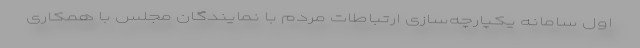
اول سامانه یکپارچه‌سازی ارتباطات مردم با نمایندگان مجلس با همکاری